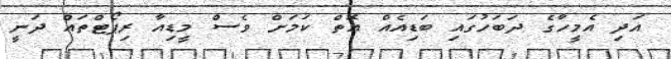
އަދި އެމީހާގެ ދަބަހުގައި ބަޑިއެއް އޮތް ކަމަށް ވެސް މީޑިއާ ރިޕޯޓްތައް ދަނީ